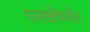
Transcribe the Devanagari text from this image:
पासष्टीपर्यंत